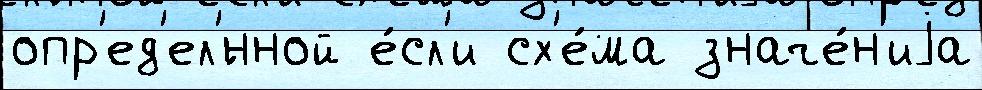
опр'ед'ел'́нной е́сл'и сх'е́ма значе́н'иjа